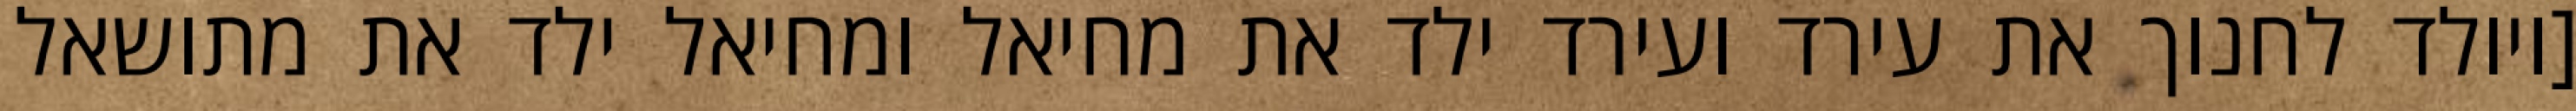
[ויולד לחנוך את עירד ועירד ילד את מחיאל ומחיאל ילד את מתושאל